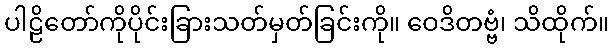
ပါဠိတော်ကိုပိုင်းခြားသတ်မှတ်ခြင်းကို။ ဝေဒိတဗ္ဗံ၊ သိထိုက်။